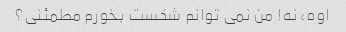
اوه، نه! من نمی توانم شکست بخورم مطمئنی؟